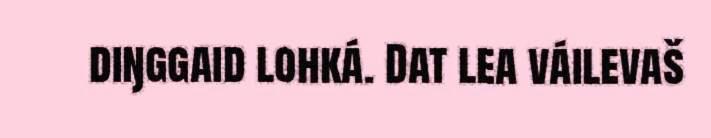
diŋggaid lohká. Dat lea váilevaš